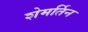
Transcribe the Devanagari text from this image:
शेमर्तिन